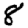
Digit: 8